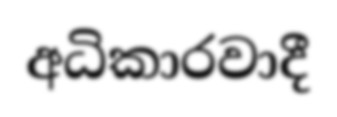
අධිකාරවාදී